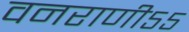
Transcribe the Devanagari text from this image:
वनराणी५५